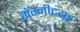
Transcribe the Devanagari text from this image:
मॅग्नीटय़ूड